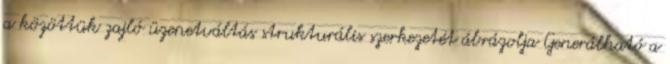
a közöttük zajló üzenetváltás strukturális szerkezetét ábrázolja Generálható a